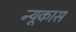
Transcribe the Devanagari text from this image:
न्यूकास